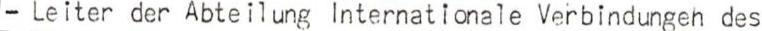
- Leiter der Abteilung Internationale Verbindungen des